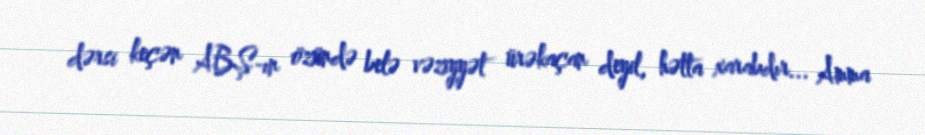
dərsi keçən ABŞ-ın özündə belə vəziyyət ürəkaçan deyil, hətta xarabdır... Amma